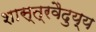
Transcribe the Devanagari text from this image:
शास्त्रवैदुय्य